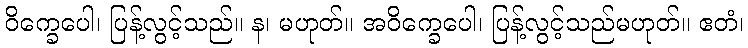
ဝိက္ခေပေါ၊ ပြန့်လွင့်သည်။ န၊ မဟုတ်။ အဝိက္ခေပေါ၊ ပြန့်လွင့်သည်မဟုတ်။ ဧတံ၊